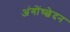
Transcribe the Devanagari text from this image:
अंगोंच्छेदन